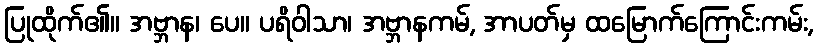
ပြုထိုက်၏။ အဗ္ဘာန၊ ပေ။ ပရိဝါသာ၊ အဗ္ဘာနကမ်, အာပတ်မှ ထမြောက်ကြောင်းကမ်း,